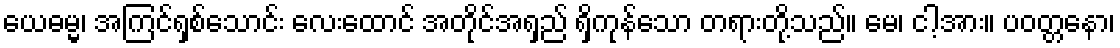
ယေဓမ္မ၊ အကြင်ရှစ်သောင်း လေးထောင် အတိုင်အရှည် ရှိကုန်သော တရားတို့သည်။ မေ၊ ငါ့အား။ ပဝတ္တနော၊